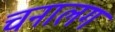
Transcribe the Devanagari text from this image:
चनालग